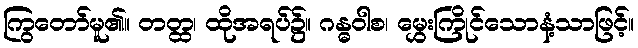
ကြွတော်မူ၏။ တတ္ထ၊ ထိုအရပ်၌။ ဂန္ဓဝါစ၊ မွှေးကြိုင်သောနံ့သာဖြင့်။